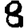
Digit: 8